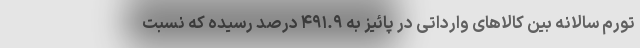
تورم سالانه بین کالاهای وارداتی در پائیز به ۴۹۱.۹ درصد رسیده که نسبت